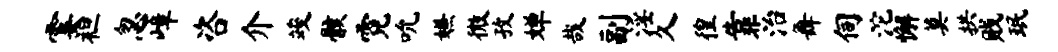
霎袒忽嶂咨介竣骸霓吮嫌微孜婵哉副淫久徨靠治舞伺沱懈莫拱贱珉